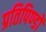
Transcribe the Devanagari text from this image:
प्रतिपिण्डों